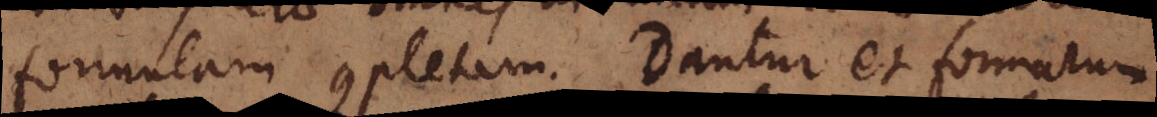
formulam completam. Dantur et formarum